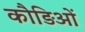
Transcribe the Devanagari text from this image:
कौड़िओं